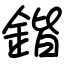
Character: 鍇